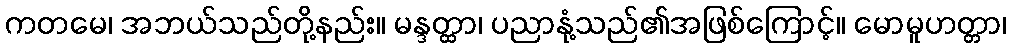
ကတမေ၊ အဘယ်သည်တို့နည်း။ မန္ဒတ္ထာ၊ ပညာနုံ့သည်၏အဖြစ်ကြောင့်။ မောမူဟတ္တာ၊